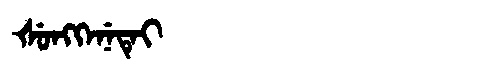
Manchu: ᡧᡠᠩᡴᡝᠨᡝᡨᡝᡳ
Romanization: ŠUNGKENETEI